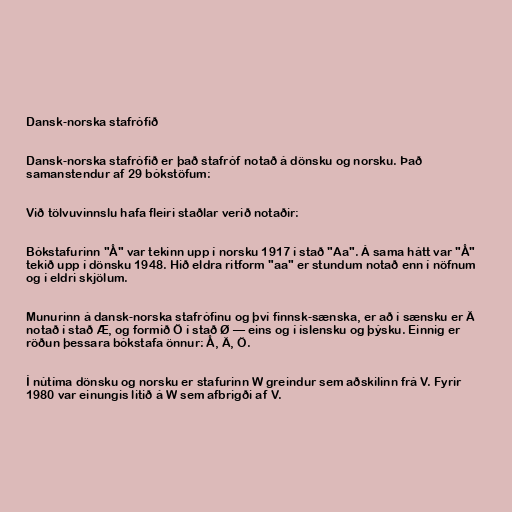
Dansk-norska stafrófið

Dansk-norska stafrófið er það stafróf notað á dönsku og norsku. Það
samanstendur af 29 bókstöfum:

Við tölvuvinnslu hafa fleiri staðlar verið notaðir:

Bókstafurinn "Å" var tekinn upp í norsku 1917 í stað "Aa". Á sama hátt var "Å"
tekið upp í dönsku 1948. Hið eldra ritform "aa" er stundum notað enn í nöfnum
og í eldri skjölum.

Munurinn á dansk-norska stafrófinu og því finnsk-sænska, er að í sænsku er Ä
notað í stað Æ, og formið Ö í stað Ø — eins og í íslensku og þýsku. Einnig er
röðun þessara bókstafa önnur: Å, Ä, Ö.

Í nútíma dönsku og norsku er stafurinn W greindur sem aðskilinn frá V. Fyrir
1980 var einungis litið á W sem afbrigði af V.